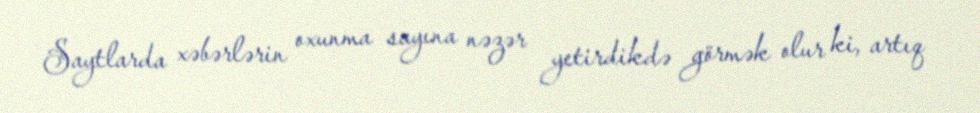
Saytlarda xəbərlərin oxunma sayına nəzər yetirdikdə görmək olur ki, artıq